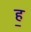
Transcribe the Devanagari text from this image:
ह॒